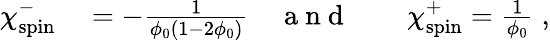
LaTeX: \begin{array}{rlrlr}{\chi_{\mathrm{spin}}^{-}}&{{}=-\frac{1}{\phi_{0}(1-2\phi_{0})}}&{\mathrm{~a~n~d~}}&{{}}&{\chi_{\mathrm{spin}}^{+}=\frac{1}{\phi_{0}}\; ,}\end{array}